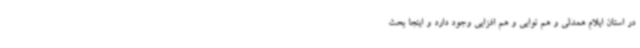
در استان ایلام همدلی و هم نوایی و هم افزایی وجود دارد و اینجا بحث